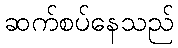
ဆက်စပ်နေသည်